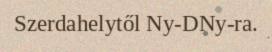
Szerdahelytől Ny-DNy-ra.